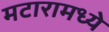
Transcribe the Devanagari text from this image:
मटारामध्ये